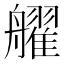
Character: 𱽄